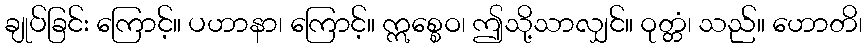
ချုပ်ခြင်း ကြောင့်။ ပဟာနာ၊ ကြောင့်။ ဣစ္စေဝ၊ ဤသို့သာလျှင်။ ဝုတ္တံ၊ သည်။ ဟောတိ၊